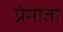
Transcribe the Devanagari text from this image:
प्रेमाता